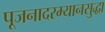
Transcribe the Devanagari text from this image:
पूजनादरम्यानसुद्धा